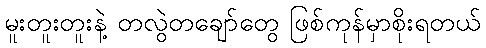
မူးတူးတူးနဲ့ တလွဲတချော်တွေ ဖြစ်ကုန်မှာစိုးရတယ်